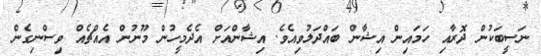
ނަސީބަކުން ދޮރާއި ހަމައިން އިޝާން ބައްދަލުވިއެވެ. އިޝާންއަށް އެދެމީހުން މޫނުން އެއްޗެއް ވިސްނިގެން